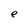
Character: e